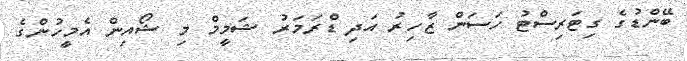
ބޭންޑުގެ ގިޓަރިސްޓު ހަސަން ޒާހިރު އަދިި ޑްރަމަރު ޝަމީމް މި ޝޯއިން އެމީހުންގެ